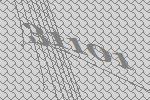
31101